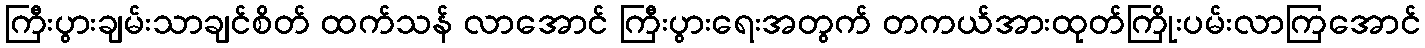
ကြီးပွားချမ်းသာချင်စိတ် ထက်သန် လာအောင် ကြီးပွားရေးအတွက် တကယ်အားထုတ်ကြိုးပမ်းလာကြအောင်